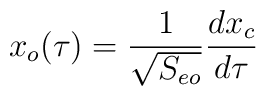
x_{o}(\tau) = {{1} \over {\sqrt{S_{eo}}}} {{dx_{c}} \over {d\tau}}